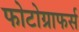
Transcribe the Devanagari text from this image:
फोटोग्राफर्स